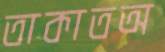
তাকাতঅ